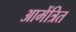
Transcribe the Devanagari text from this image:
आमेंत्रित